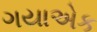
ગયાએક